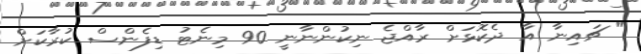
" ޗައިނާ އާ ދެކޮޅަށް ރާއްޖެ ނިކުންނާނީ 90 މިނެޓު ޑިފެންސް ކުރާކަށް